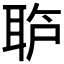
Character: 𱻺